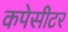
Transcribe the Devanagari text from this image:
कपेसीटर